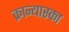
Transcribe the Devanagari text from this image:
क्रान्यास्का